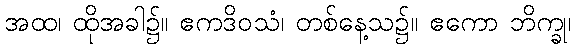
အထ၊ ထိုအခါ၌။ ဧကဒိဝသံ၊ တစ်နေ့သ၌။ ဧကော ဘိက္ခု၊